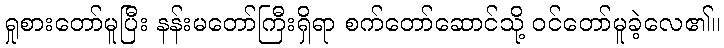
ရှုစားတော်မူပြီး နန်းမတော်ကြီးရှိရာ စက်တော်ဆောင်သို့ ဝင်တော်မူခဲ့လေ၏။